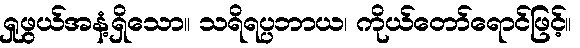
ရှုဖွယ်အနံ့ရှိသော။ သရိရပ္ပဘာယ၊ ကိုယ်တော်ရောင်ဖြင့်။